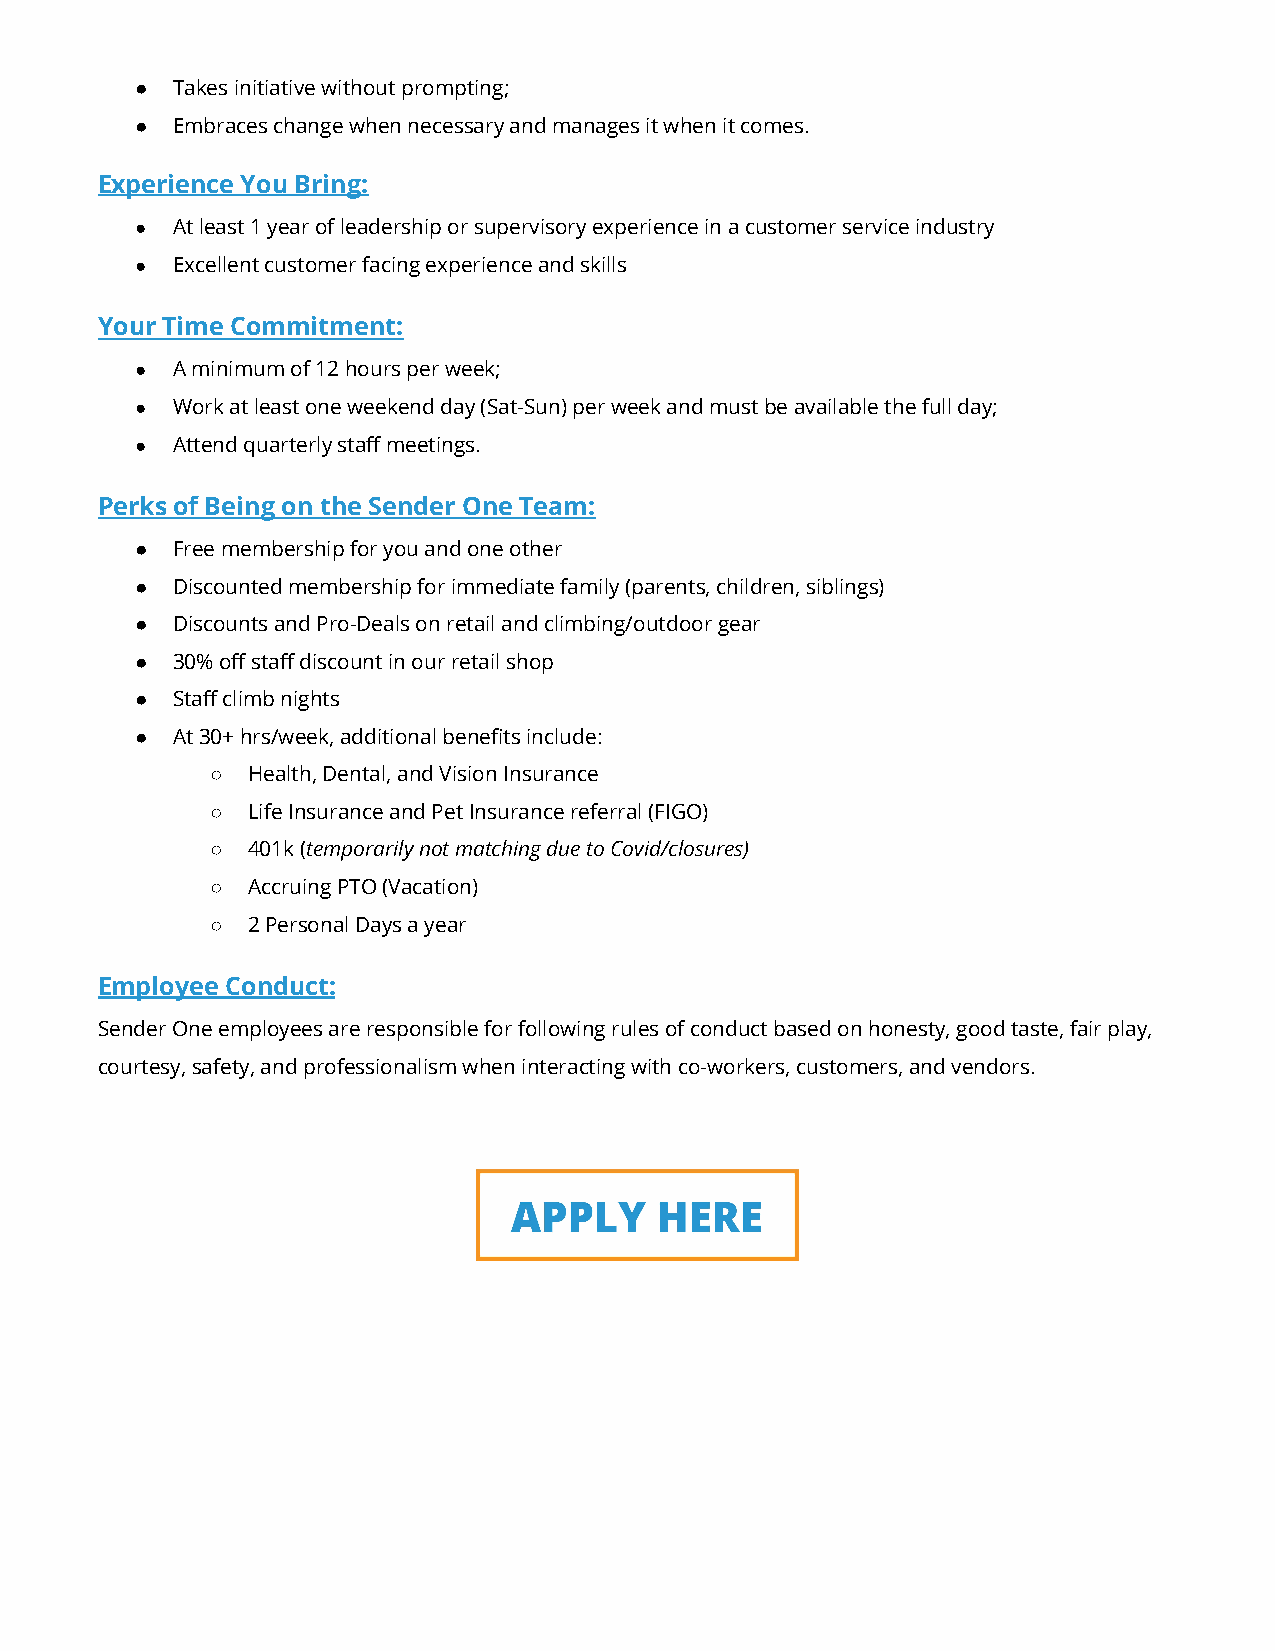
● Takes initiative without prompting;
 ● Embraces change when necessary and manages it when it comes.
 Experience You Bring:
 ● At least 1 year of leadership or supervisory experience in a customer service industry
 ● Excellent customer facing experience and skills
 Your Time Commitment:
 ● A minimum of 12 hours per week;
 ● Work at least one weekend day (Sat-Sun) per week and must be available the full day;
 ● Attend quarterly staff meetings.
 Perks of Being on the Sender One Team:
 ● Free membership for you and one other
 ● Discounted membership for immediate family (parents, children, siblings)
 ● Discounts and Pro-Deals on retail and climbing/outdoor gear
 ● 30% off staff discount in our retail shop
 ● Staff climb nights
 ● At 30+ hrs/week, additional benefits include:
 ○ Health, Dental, and Vision Insurance
 ○ Life Insurance and Pet Insurance referral (FIGO)
 ○ 401k (temporarily not matching due to Covid/closures)
 ○ Accruing PTO (Vacation)
 ○ 2 Personal Days a year
 Employee Conduct:
 Sender One employees are responsible for following rules of conduct based on honesty, good taste, fair play,
 courtesy, safety, and professionalism when interacting with co-workers, customers, and vendors.